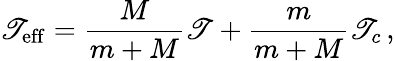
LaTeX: \mathscr{T}_{\mathrm{{eff}}}=\frac{{M}}{{m+M}}\mathscr{T}+\frac{{m}}{{m+M}}\mathscr{T}_{c}\, ,